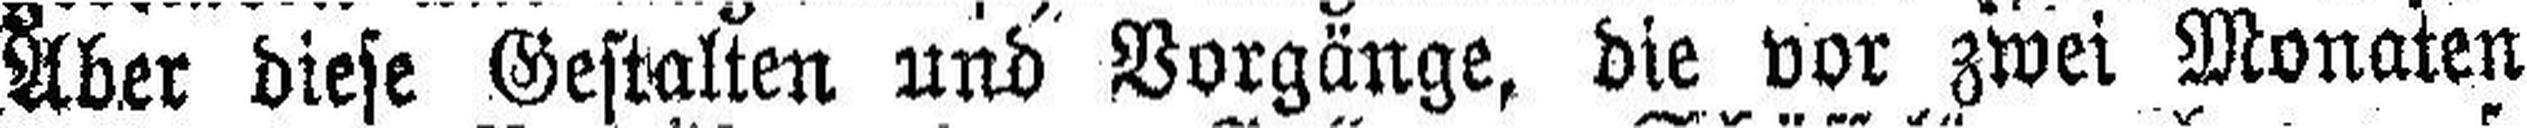
Aber diese Gestalten und Vorgänge, die vor zwei Monaten